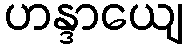
ဟန္ဒာယျေ